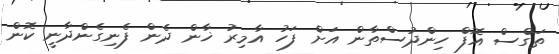
ތަގްސް އޮފް ހިންދުސްތާން އަށް ފަހު އާމިރު ޚާން ދެން ފެނިގެންދާނީ ކޮން